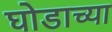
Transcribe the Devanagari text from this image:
घोडाच्या